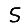
Digit: 5